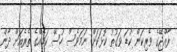
ރާއްޖޭގެ ވެރިކަން ކުޑަ ވަގުތު ކޮޅަކަށް ނަމަވެސް ހުސް ކަމެއްގެ ތެރެއަށް ދާން